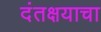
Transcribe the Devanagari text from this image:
दंतक्षयाचा